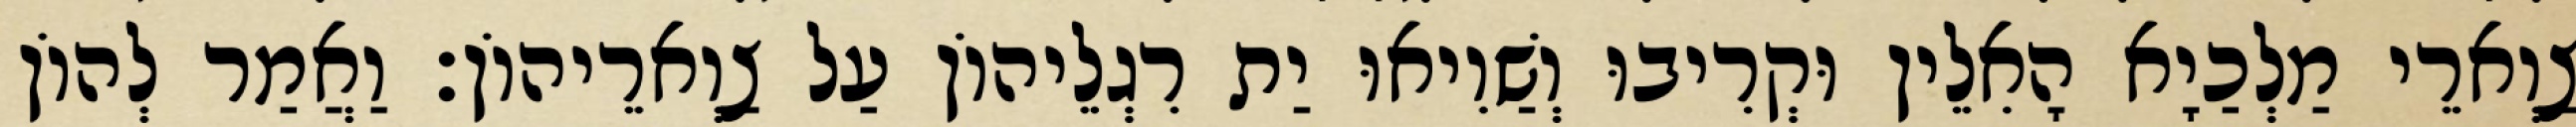
צַוְארֵי מַלְכַיָא הָאִלֵין וּקְרִיבוּ וְשַׁוִיאוּ יַת רִגְלֵיהוֹן עַל צַוְארֵיהוֹן׃ וַאֲמַר לְהוֹן